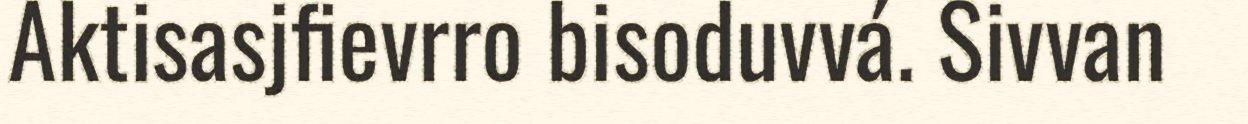
Aktisasjfievrro bisoduvvá. Sivvan